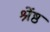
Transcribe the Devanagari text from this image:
श्रेंष्ठ